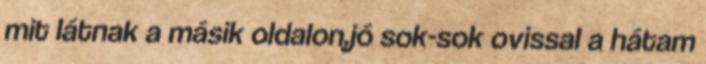
mit látnak a másik oldalon,jó sok-sok ovissal a hátam